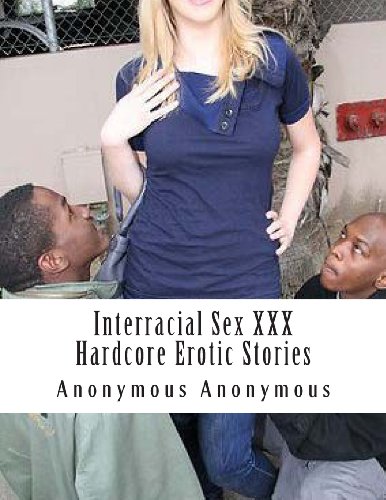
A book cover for Interracial Sex XXX Hardcore Erotic Stories; Anonymous Anonymous; Romance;